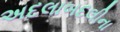
અદલાબદલીના